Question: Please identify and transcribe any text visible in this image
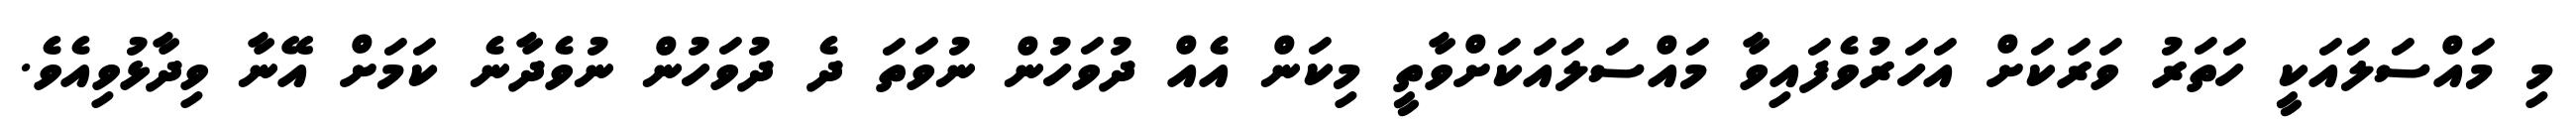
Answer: މި މައްސަލައަކީ ހަތަރު ވަރަކަށް އަހަރުވެފައިވާ މައްސަލައަކަށްވާތީ މިކަން އެއް ދުވަހުން ނުވަތަ ދެ ދުވަހުން ނުވެދާނެ ކަމަށް އޭނާ ވިދާޅުވިއެވެ.